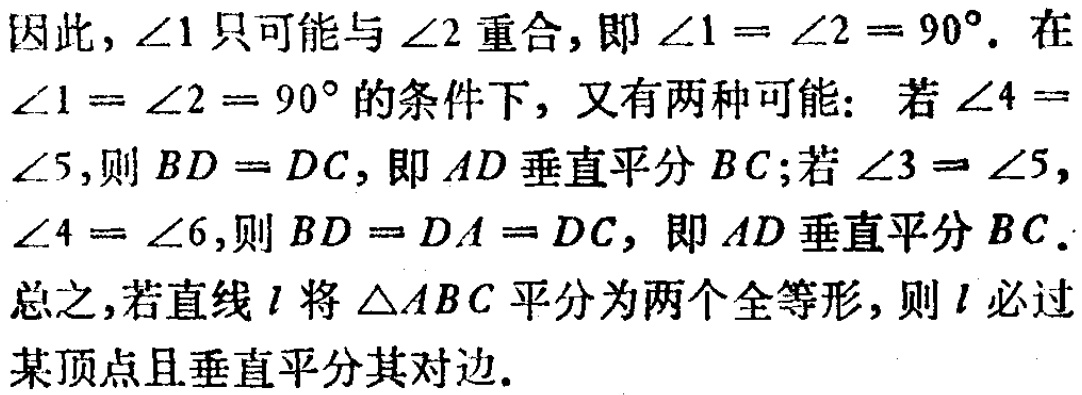
因此，\(\angle1\)只可能与\(\angle2\)重合，即\(\angle1 = \angle2 = 90^{\circ}\). 在\(\angle1 = \angle2 = 90^{\circ}\)的条件下，又有两种可能：若\(\angle4 =\angle5\)，则\(BD = DC\)，即\(AD\)垂直平分\(BC\)；若\(\angle3 = \angle5\)，\(\angle4 = \angle6\)，则\(BD = DA = DC\)，即\(AD\)垂直平分\(BC\). 总之，若直线\(l\)将\(\triangle ABC\)平分为两个全等形，则\(l\)必过某顶点且垂直平分其对边.